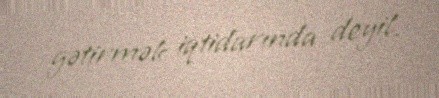
gətirmək iqtidarında deyil.